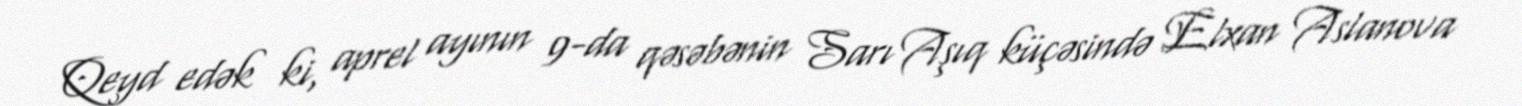
Qeyd edək ki, aprel ayının 9-da qəsəbənin Sarı Aşıq küçəsində Elxan Aslanova